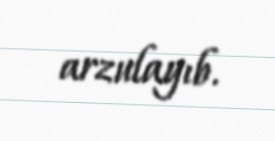
arzulayıb.